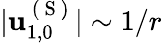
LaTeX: \vert\mathbf{u}_{1,0}^{\mathrm{~(~S~)~}}\vert\sim 1/r